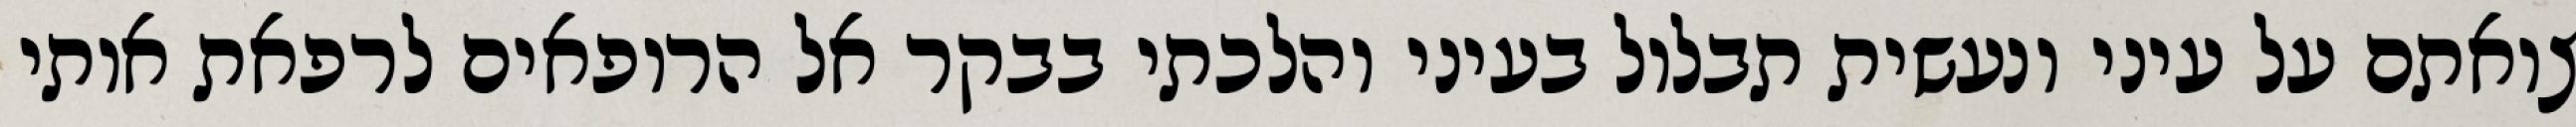
צואתם על עיני ונעשית תבלול בעיני והלכתי בבקר אל הרופאים לרפאת אותי